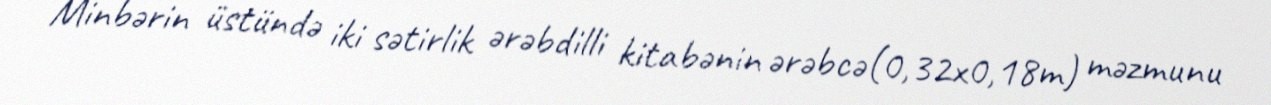
Minbərin üstündə iki sətirlik ərəbdilli kitabənin ərəbcə(0,32x0,18m) məzmunu